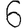
Digit: 6